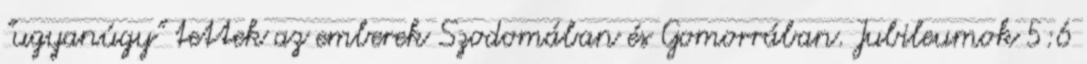
"ugyanúgy" tettek az emberek Szodomában és Gomorrában. Jubileumok 5:6